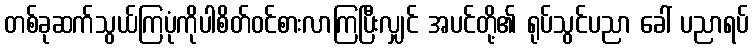
တစ်ခုဆက်သွယ်ကြပုံကိုပါစိတ်ဝင်စားလာကြပြီးလျှင် အပင်တို့၏ ရုပ်သွင်ပညာ ခေါ် ပညာရပ်